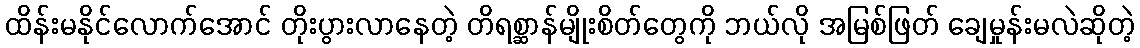
ထိန်းမနိုင်လောက်အောင် တိုးပွားလာနေတဲ့ တိရစ္ဆာန်မျိုးစိတ်တွေကို ဘယ်လို အမြစ်ဖြတ် ချေမှုန်းမလဲဆိုတဲ့